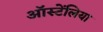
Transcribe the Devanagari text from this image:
ऑस्टेंलिया